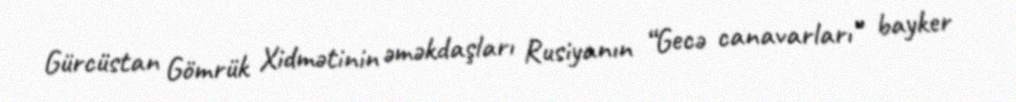
Gürcüstan Gömrük Xidmətinin əməkdaşları Rusiyanın “Gecə canavarları” bayker